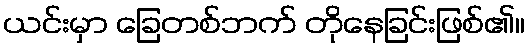
ယင်းမှာ ခြေတစ်ဘက် တိုနေခြင်းဖြစ်၏။